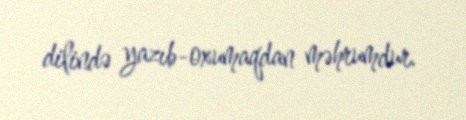
dilində yazıb-oxumaqdan məhrumdur.